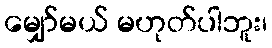
မျှော်မယ် မဟုတ်ပါဘူး၊